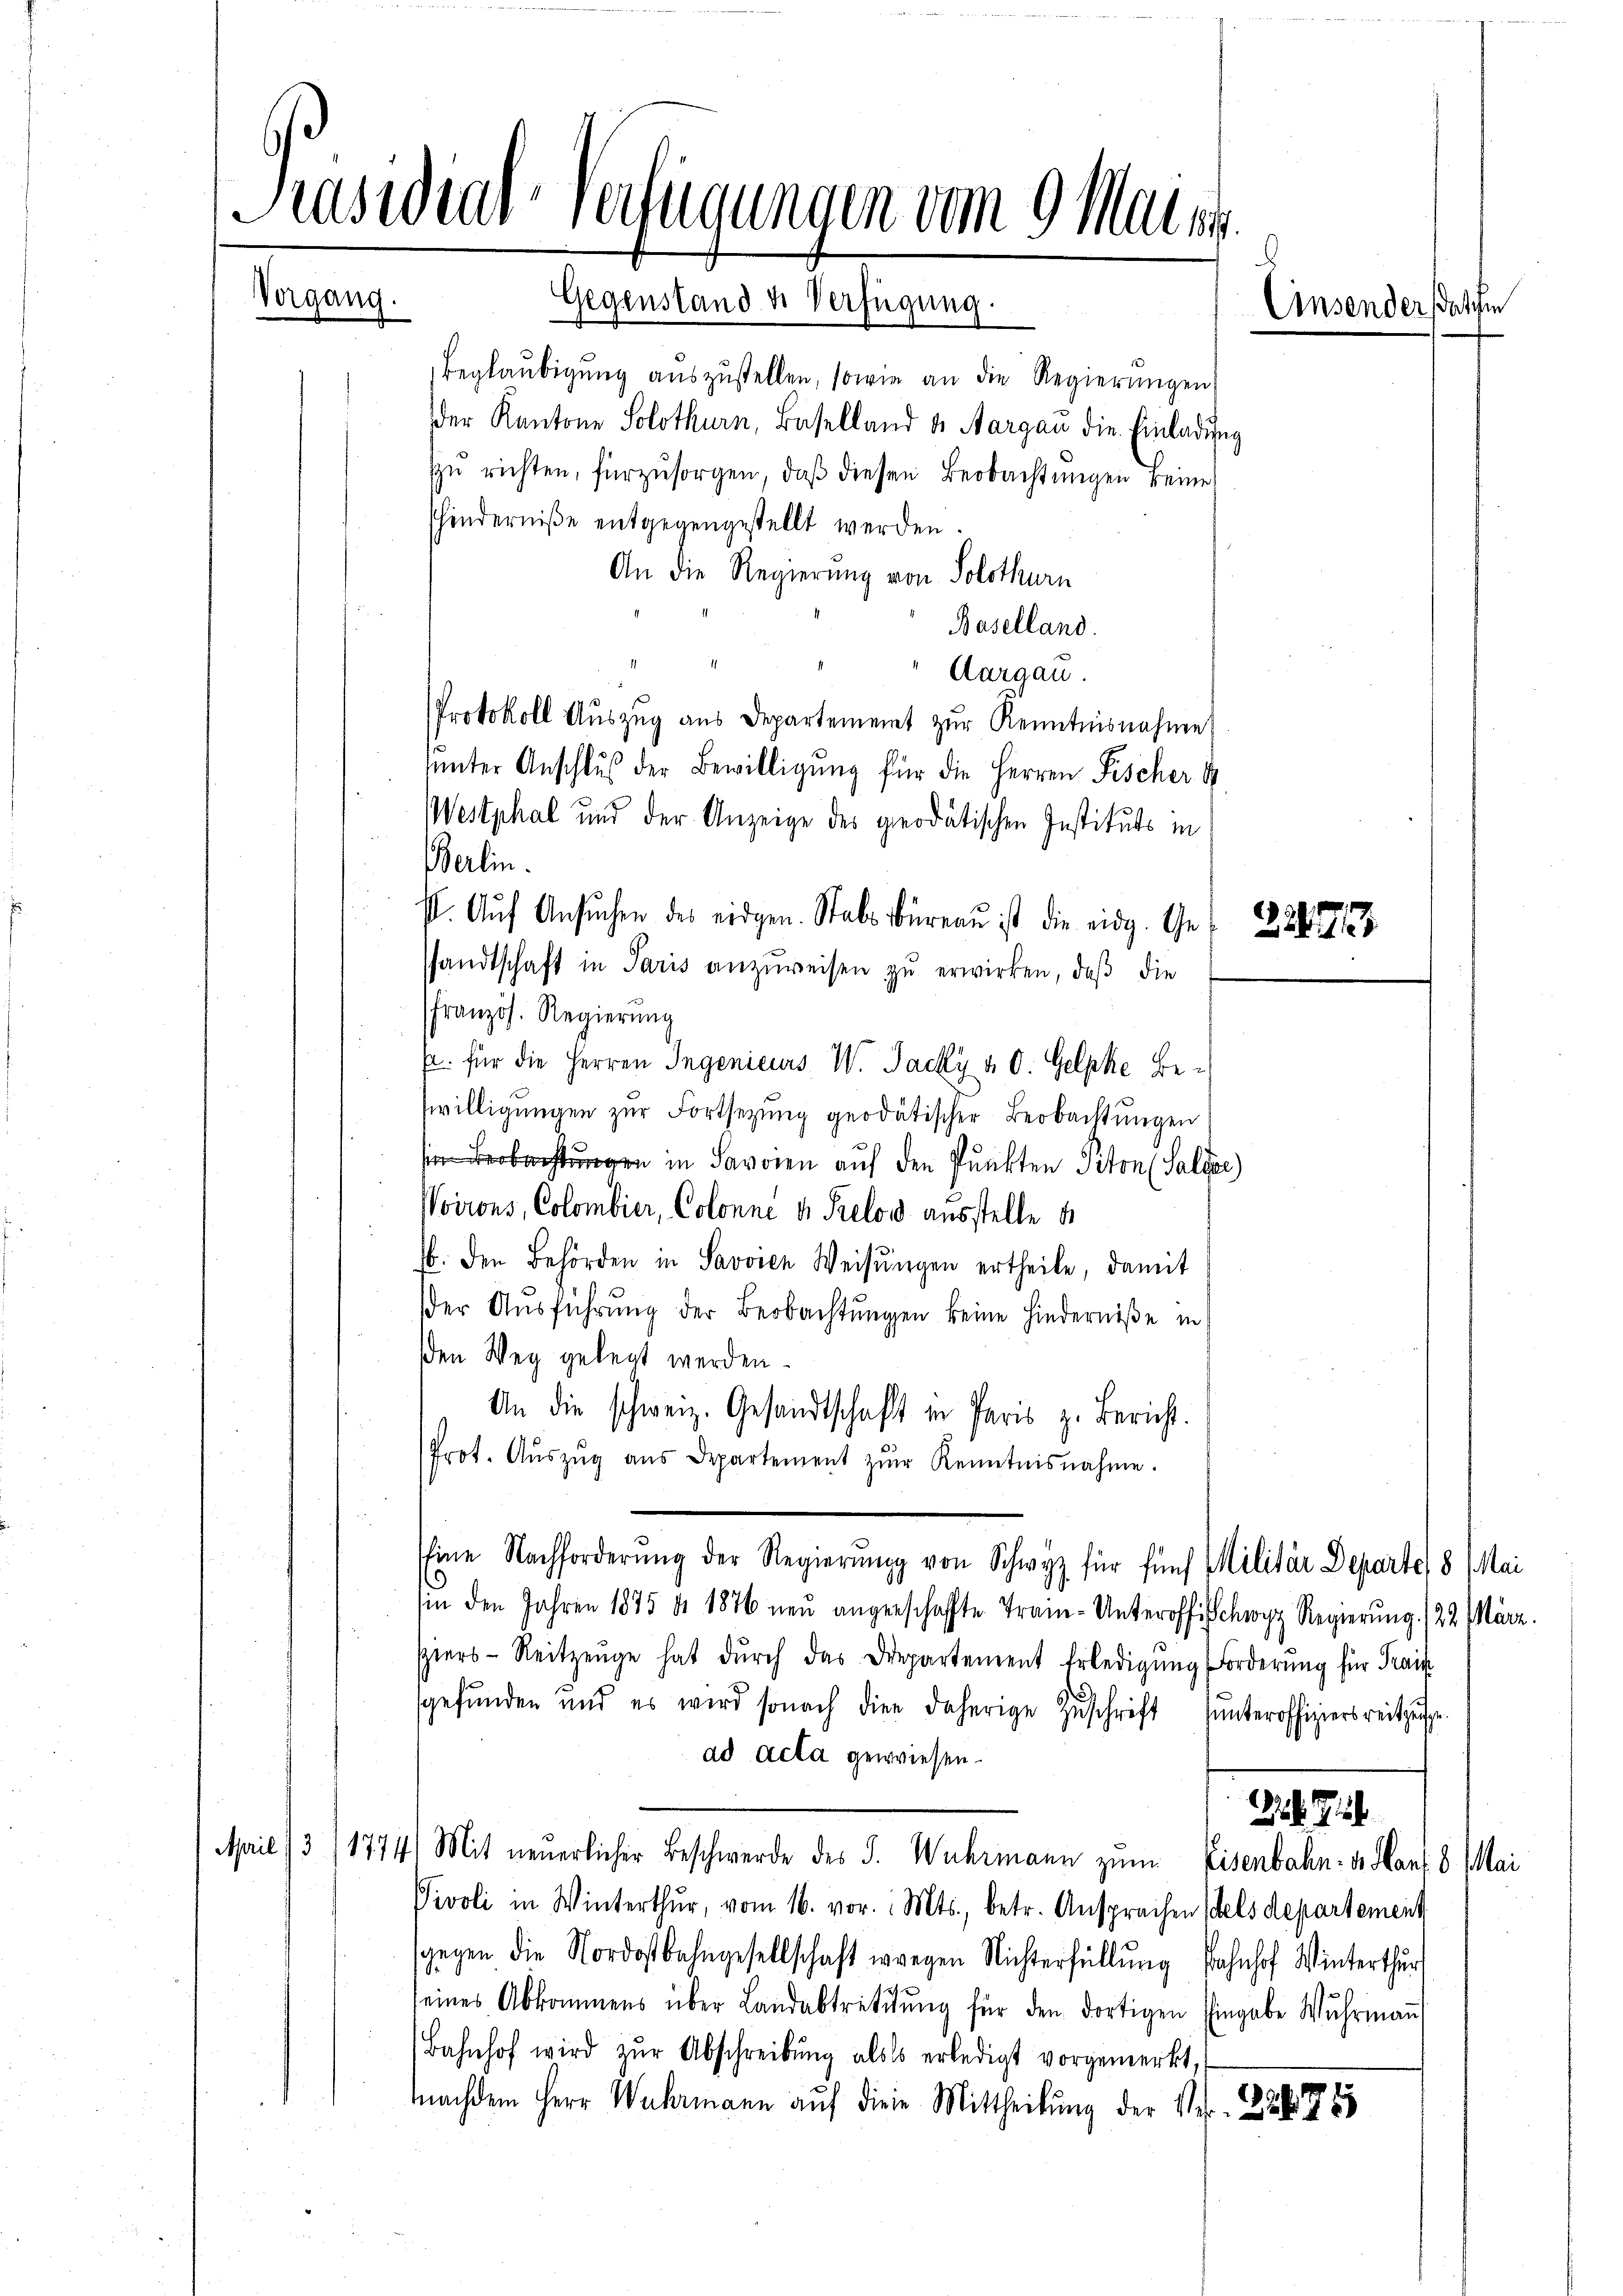
Präsidial-Verfügungen vom 9. Maier.
Vorgang.
Gegenstand u. Verfügung.
Einsenderstatten
beglaubigung auszustellen, sowie an die Regierungen
der Kantone Solothurn, Baselland u. Aargau die Einladung
zŭ richten, fürzŭsorgen, daß diesen Beobachtungen keine
shinderniße entgegengestellt werden.

An die Regierung von Solothurn
Baselland.
Aargau.
Protokoll Aŭszŭg ans Departement zŭr Kenntnisnahme
sunter Anschluß der Bewilligung für die Herren Fischer 14
Westphal und der Anzeige des geodätischen Instituts in
Berlin.
. Aŭf Ansŭchen des eidgen. Stabs büreaŭ ist die eidg. Ges 228
sandtschaft in Paris anzuweisen zŭ erwirken, daß die
französ. Regierung
p. für die Herren Ingenieurs W. Jacky a. O. Gelpke Bewilligungen zur Fortsetzung geodätischer Beobachtungen
achtung in Savoren auf den Punkten Piton (Saldor
Woirons, Colombier, Colonne u. Prelow ausstelle d
. den Behörden in Savvien Weisŭngen ertheile, damit
der Ausführung der Beobachtungen keine Hinderniße in
sden Weg gelegt werden.
An die schweiz. Gesandtschaft in Paris z. Bericht.
Prot. Aŭszŭg aŭs Departement zŭr Kenntnisnahme.
Eine Nachforderŭng der Regierŭng von Schwyz für fünf Militär Departe 8 Mai
sin den Jahren 1875 d. 1876 neu angenschaffte Tram-Unteroff schwyz Regierung /22. März.
piers-Reitzeŭge hat dŭrch das Departement Erledigung Forderung für Trai
gefunden und es wird sonach die daherige Zŭschrift unteroffiziersreitzesse
ad Acta gewiesen.
318. Ju
Mil /3 11774.
Mit neuerlicher Beschwerde des J. Wuhrmann zum Eisenbahn. v. Hans 8 Mai
Vivoli in Winterthur, vom 16. vor. Mts., betr. Ansprachen schels departement
sgegen die Nordostbahngesellschaft wegen Nichterfüllung Bahnhof Winterthur
seines Abkommens über Landabtrettŭng für den dortigen Eingabe Wŭhrmaṅ
Bahnhof wird zŭr Abschreibŭng also erledigt vorgemerkt,
machdem Herr Wehrmann auf diese Mittheilung der Ver